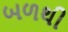
બળથી